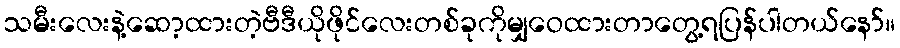
သမီးလေးနဲ့ဆော့ထားတဲ့ဗီဒီယိုဖိုင်လေးတစ်ခုကိုမျှဝေထားတာတွေ့ရပြန်ပါတယ်နော်။